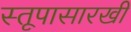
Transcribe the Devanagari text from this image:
स्तूपासारखी